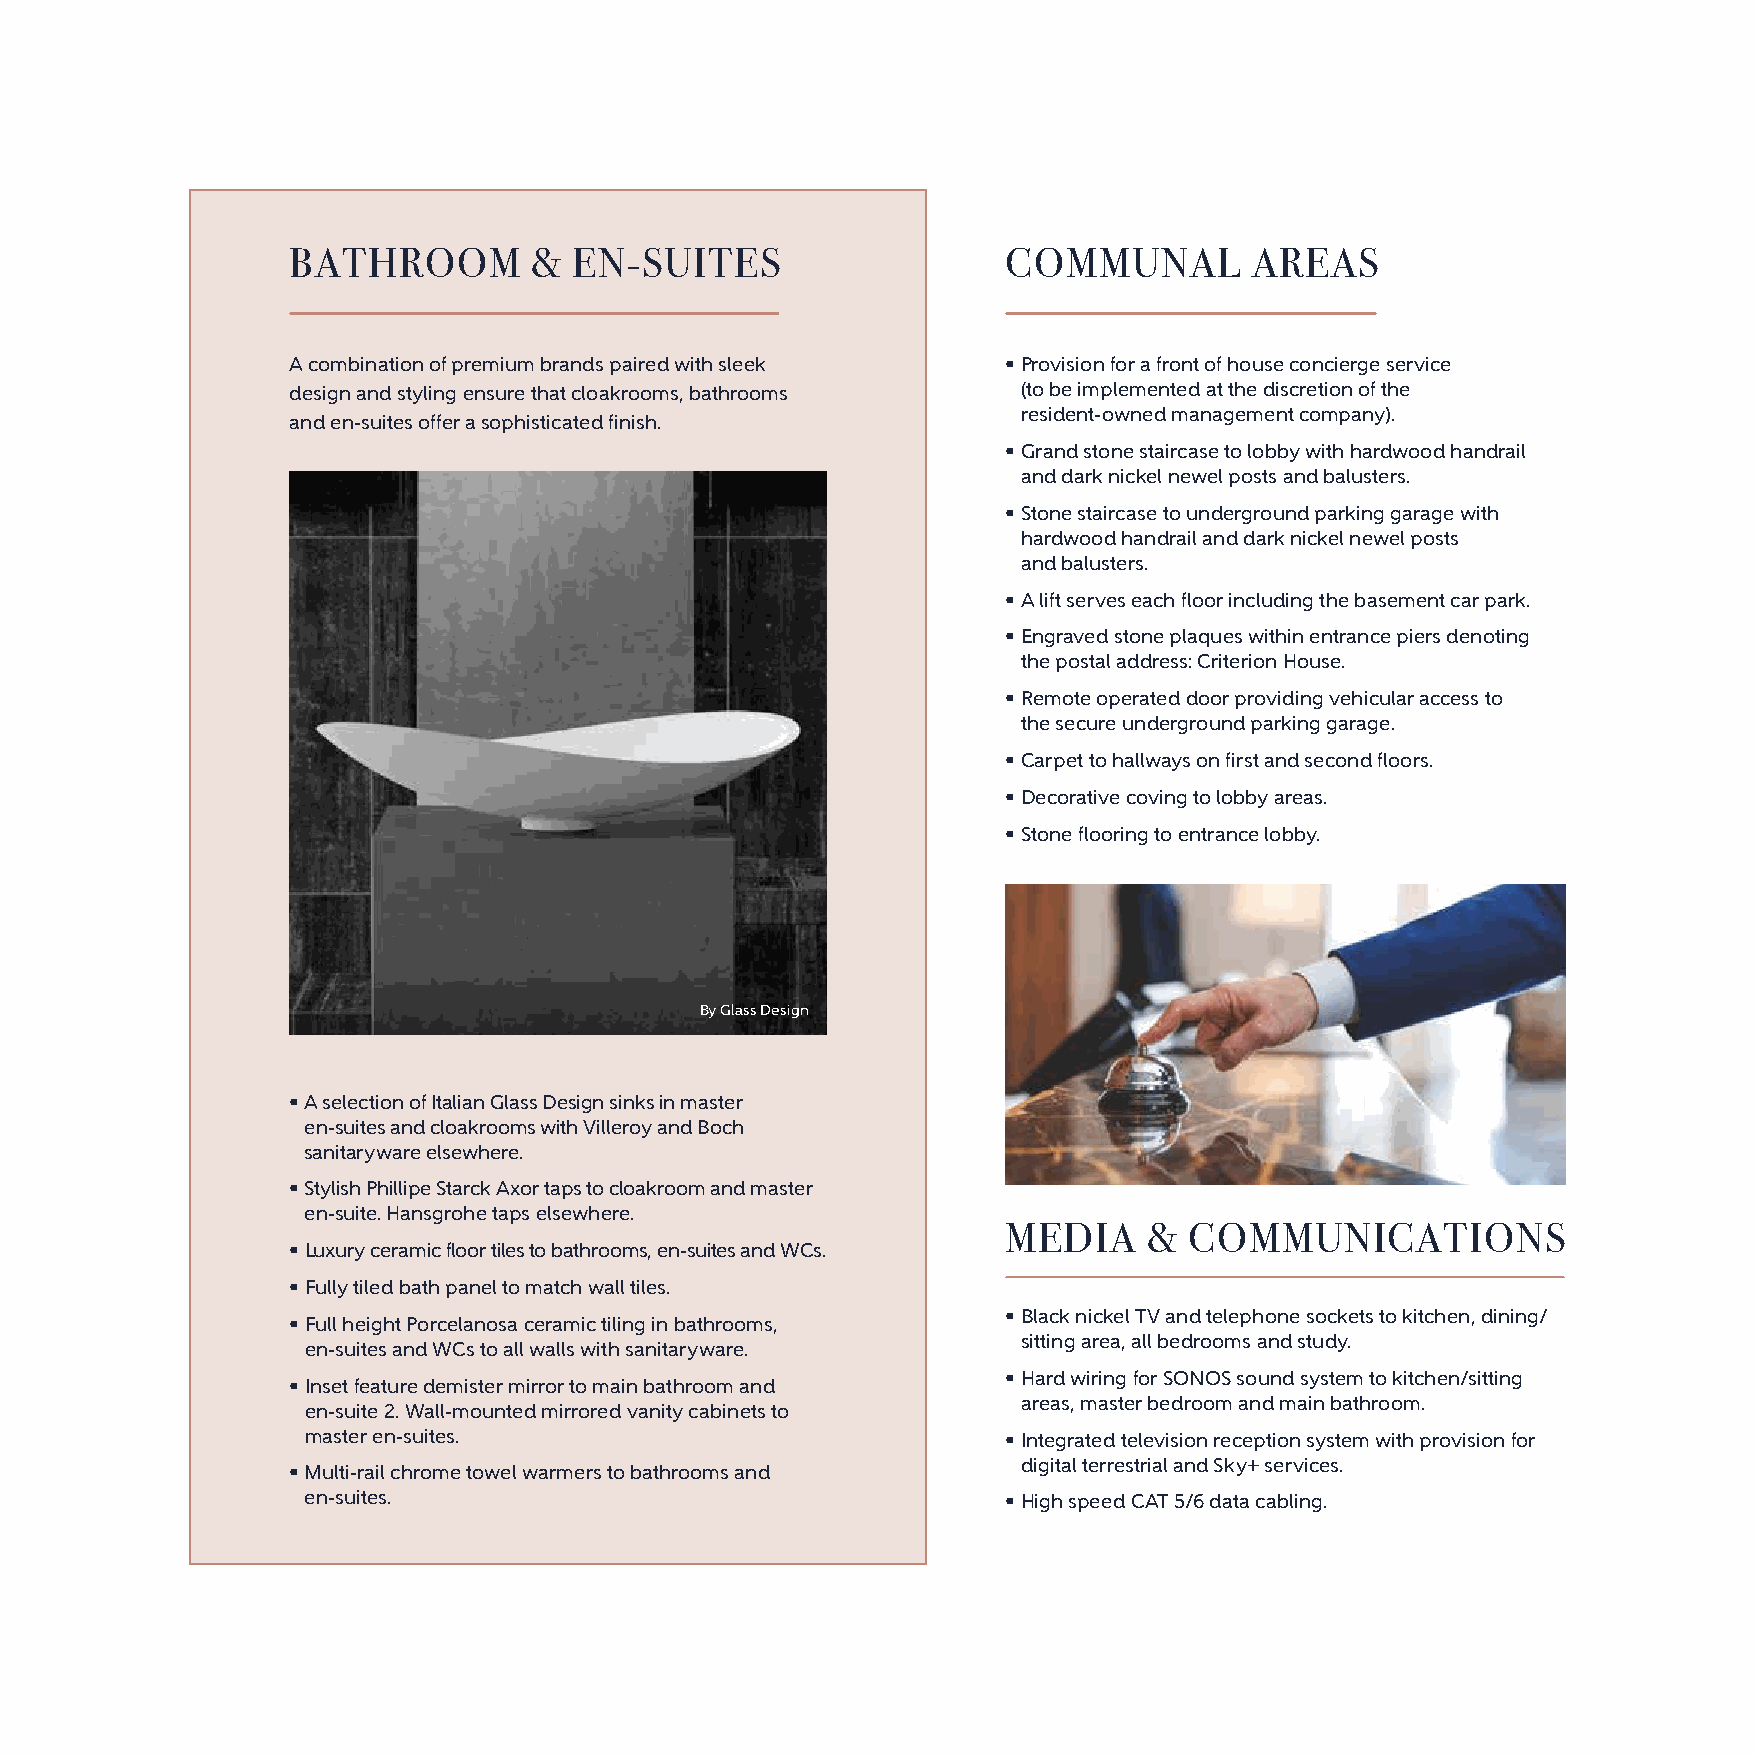
BATHROOM        &  EN-SUITES                    COMMUNAL        AREAS
 A combination of premium brands paired with sleek • Provision for a front of house concierge service
 design and styling ensure that cloakrooms, bathrooms (to be implemented at the discretion of the
 resident-owned management company).
 and en-suites offer a sophisticated finish.
 • Grand stone staircase to lobby with hardwood handrail
 and dark nickel newel posts and balusters.
 • Stone staircase to underground parking garage with
 hardwood handrail and dark nickel newel posts
 and balusters.
 • A lift serves each floor including the basement car park.
 • Engraved stone plaques within entrance piers denoting
 the postal address: Criterion House.
 • Remote operated door providing vehicular access to
 the secure underground parking garage.
 • Carpet to hallways on first and second floors.
 • Decorative coving to lobby areas.
 • Stone flooring to entrance lobby.
 By Glass Design
 • A selection of Italian Glass Design sinks in master
 en-suites and cloakrooms with Villeroy and Boch
 sanitaryware elsewhere.
 • Stylish Phillipe Starck Axor taps to cloakroom and master
 en-suite. Hansgrohe taps elsewhere.
 MEDIA    &  COMMUNICATIONS
 • Luxury ceramic floor tiles to bathrooms, en-suites and WCs.
 • Fully tiled bath panel to match wall tiles.
 • Black nickel TV and telephone sockets to kitchen, dining/
 • Full height Porcelanosa ceramic tiling in bathrooms,
 sitting area, all bedrooms and study.
 en-suites and WCs to all walls with sanitaryware.
 • Hard wiring for SONOS sound system to kitchen/sitting
 • Inset feature demister mirror to main bathroom and
 areas, master bedroom and main bathroom.
 en-suite 2. Wall-mounted mirrored vanity cabinets to
 master en-suites.                              • Integrated television reception system with provision for
 digital terrestrial and Sky+ services.
 • Multi-rail chrome towel warmers to bathrooms and
 en-suites.                                     • High speed CAT 5/6 data cabling.